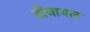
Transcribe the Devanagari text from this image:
डीनायल